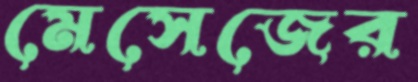
মেসেজের